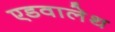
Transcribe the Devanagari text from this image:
एडवालेथ